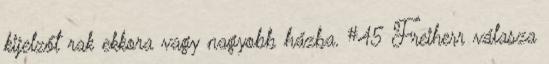
kijelzőt rak ekkora vagy nagyobb házba. #45 Freiherr válasza